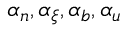
\alpha _ { n } , \alpha _ { \xi } , \alpha _ { b } , \alpha _ { u }